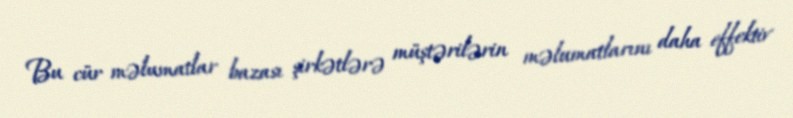
Bu cür məlumatlar bazası şirkətlərə müştərilərin məlumatlarını daha effektiv